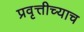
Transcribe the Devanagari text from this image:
प्रवृत्तीच्याच